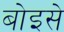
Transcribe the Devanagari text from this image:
बोइसे